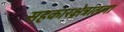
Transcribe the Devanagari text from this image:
सहकारक्षेत्रातला